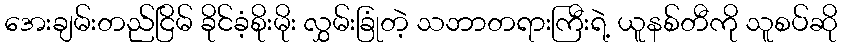
အေးချမ်းတည်ငြိမ် ခိုင်ခံ့စိုးမိုး လွှမ်းခြုံတဲ့ သဘာတရားကြီးရဲ့ ယူနစ်တီကို သူစပ်ဆို